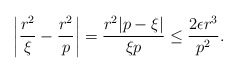
\begin{align*}\left|\frac{r^2}{\xi}-\frac{r^2}{p}\right|=\frac{r^2|p-\xi|}{\xi p}\le \frac{2\epsilon r^3}{p^2}.\end{align*}